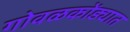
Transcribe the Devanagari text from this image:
गोवळकोंड्यात